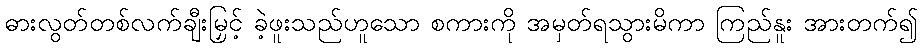
ဓားလွတ်တစ်လက်ချီးမြှင့် ခဲ့ဖူးသည်ဟူသော စကားကို အမှတ်ရသွားမိကာ ကြည်နူး အားတက်၍